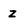
Character: z